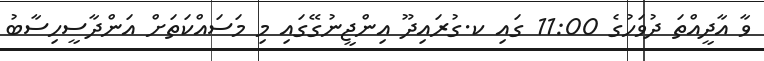
ވާ އާދީއްތަ ދުވަހުގެ 11:00 ގައި ކ.ގުރައިދޫ އިންޖީނުގޭގައި މި މަސައްކަތަށް އަންދާސީހިސާބު